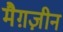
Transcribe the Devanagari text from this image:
मैग़ज़ीन